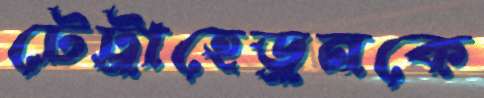
টেট্রাহেড্রনকে